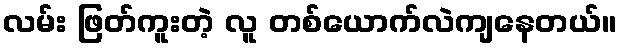
လမ်း ဖြတ်ကူးတဲ့ လူ တစ်ယောက်လဲကျနေတယ်။